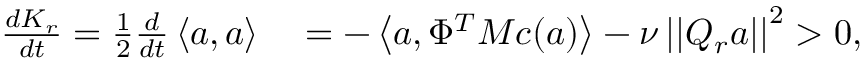
\begin{array} { r l } { \frac { d K _ { r } } { d t } = \frac { 1 } { 2 } \frac { d } { d t } \left< \boldsymbol { a } , \boldsymbol { a } \right> } & { { } = - \left< \boldsymbol { a } , \Phi ^ { T } M \boldsymbol { c } ( \boldsymbol { a } ) \right> - \nu \left| \left| Q _ { r } \boldsymbol { a } \right| \right| ^ { 2 } > 0 , } \end{array}